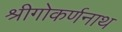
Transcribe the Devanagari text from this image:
श्रीगोकर्णनाथ